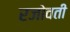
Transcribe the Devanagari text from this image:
रजोवती